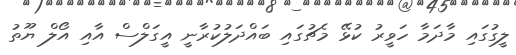
ލީގުގައި މާދަމާ ހަވީރު ކުޅޭ މެޗުގައި ބައްދަލުކުރާނީ އީގަލްސް އާއި އޯލް ޔޫތު